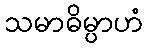
သမာဓိမ္ပာဟံ